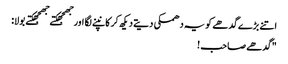
اتنے بڑے گدھے کو یہ دھمکی دیتے دیکھ کر کانپنے لگا اور جھجھکتے جھجھکتے بولا:
"گدھے صاحب !